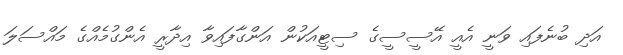
އަދި ބުނެފައި ވަނީ އެއީ އޭސީސީގެ ސިޓީއަކުން އަންގާފައިވާ އިދާރީ އެންގުމެއްގެ މައްސަލަ